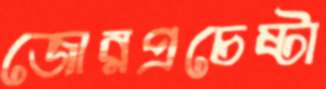
জোরপ্রচেষ্টা